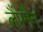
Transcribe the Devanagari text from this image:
लैंपमैन